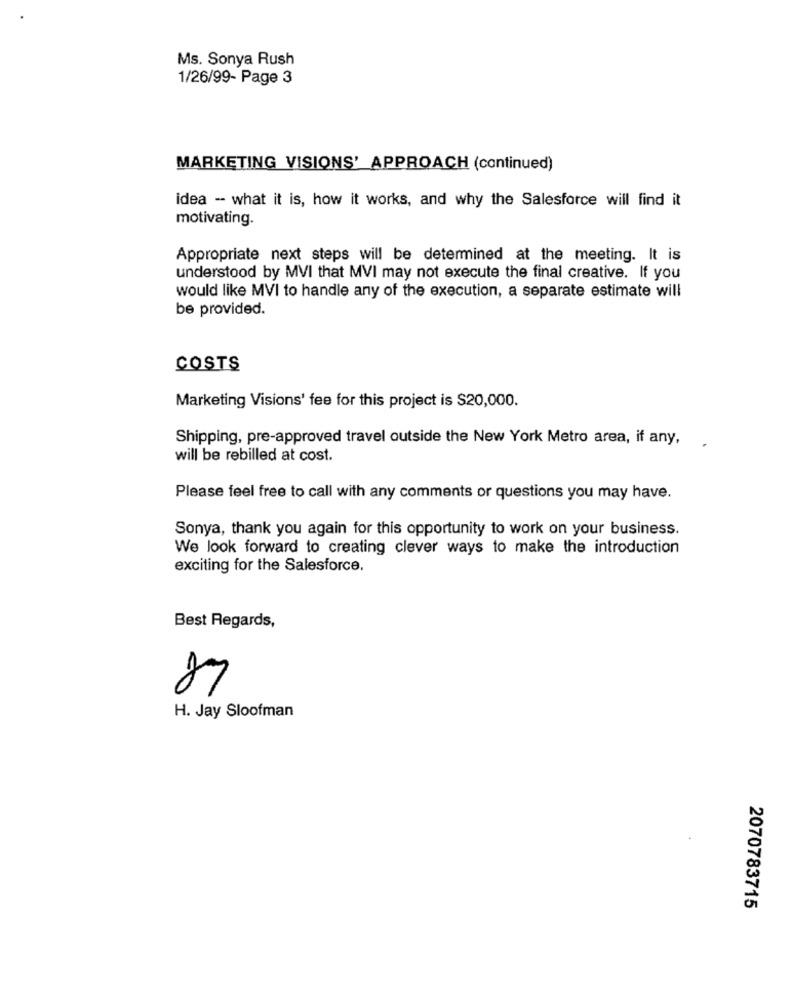
Ms. Sonya Rush
1/26/99- Page 3
MARKETING VISIONS' APPROACH (continued)
idea - what it is, how it works, and why the Salesforce will find it
motivating.
Appropriate next steps will be determined at the meeting. It is
understood by MVI that MVI may not execute the final creative. If you
would like MVI to handle any of the execution, a separate estimate will
be provided.
COSTS
Marketing Visions' fee for this project is $20,000.
Shipping, pre-approved travel outside the New York Metro area, if any, .
will be rebilled at cost.
Please feel free to call with any comments or questions you may have.
Sonya, thank you again for this opportunity to work on your business.
We look forward to creating clever ways to make the introduction
exciting for the Salesforce.
Best Regards,
87
H. Jay Sloofman
2070783715